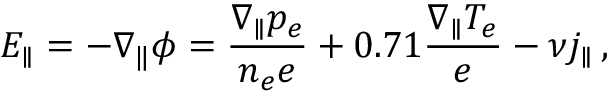
E _ { \parallel } = - \nabla _ { \| } \phi = \frac { \nabla _ { \parallel } p _ { e } } { n _ { e } e } + 0 . 7 1 \frac { \nabla _ { \parallel } T _ { e } } { e } - \nu j _ { \parallel } \, ,